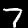
Label: 7